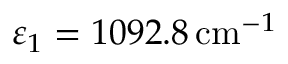
\varepsilon _ { 1 } = 1 0 9 2 . 8 \, \mathrm { c m } ^ { - 1 }